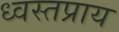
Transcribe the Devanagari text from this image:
ध्वस्तप्राय